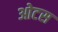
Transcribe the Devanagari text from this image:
ओटस